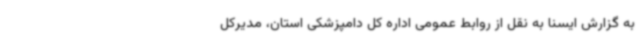
به گزارش ایسنا به نقل از روابط عمومی اداره کل دامپزشکی استان، مدیرکل